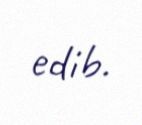
edib.